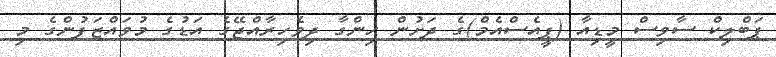
ޕަބްލިކް ސާވިސް މީޑިއާ (ޕީއެސްއެމް)ގެ ދަށުން ހިންގާ ދިވެހިރާއްޖޭގެ އަޑުގެ މުވައްޒަފުންގެ މި